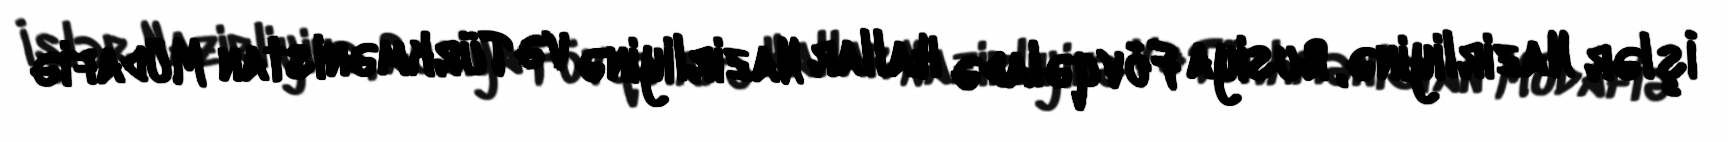
İşlər Nazirliyinə, Rusiya Fövqəladə Hallar Nazirliyinə və Türkmənistan Müdafiə